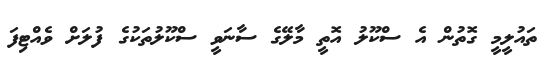
ތައުލީމީ ގޮތުން އެ ސްކޫލު އޮތީ މާލޭގެ ސާނަވީ ސްކޫލުތަކުގެ ފުލަށް ވެއްޓިފަ